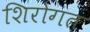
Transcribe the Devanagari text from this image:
शिरोगत